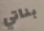
بناتي